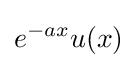
e^{-ax}u(x)